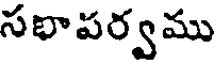
సభాపర్వము